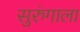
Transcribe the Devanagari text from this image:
सुरुंगाला